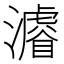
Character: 𱩳